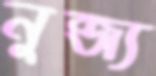
নুব্জ্য